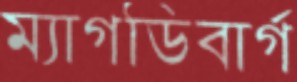
ম্যাগডিবার্গ